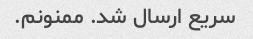
سریع ارسال شد. ممنونم.